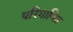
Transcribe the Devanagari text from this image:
परिगाणित